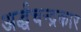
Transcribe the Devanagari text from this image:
अर्द्धचन्द्रकार